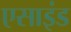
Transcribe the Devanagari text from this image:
एसाइंड